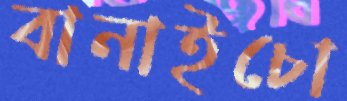
বানাইচো